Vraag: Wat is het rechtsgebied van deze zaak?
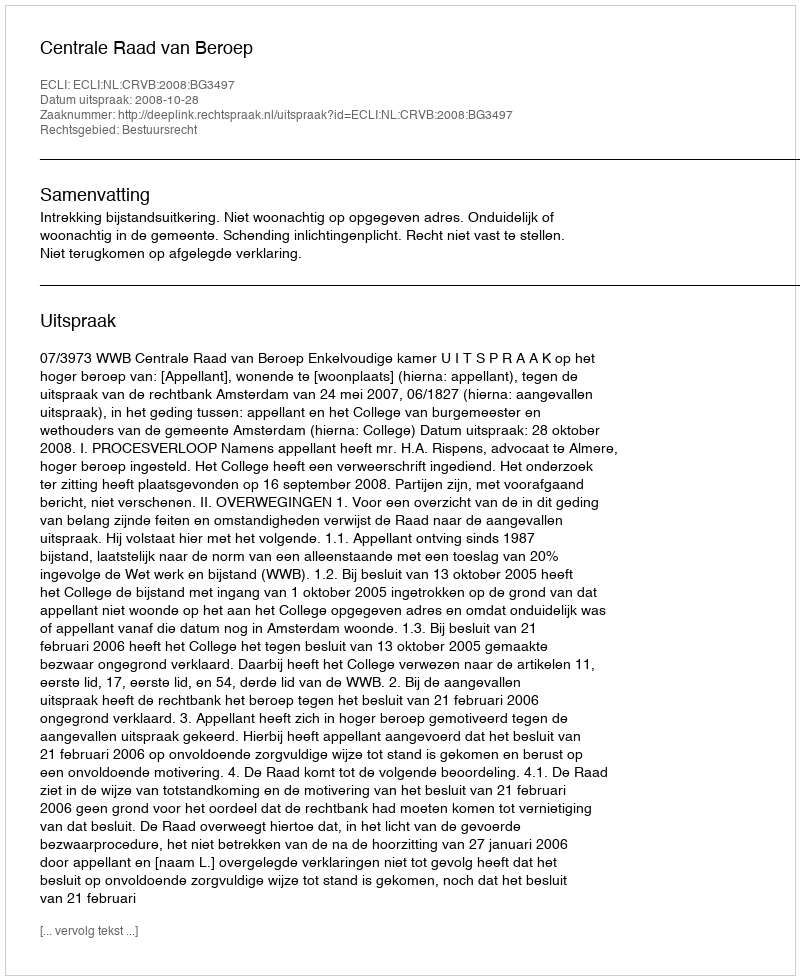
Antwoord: Bestuursrecht